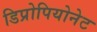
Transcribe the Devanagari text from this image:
डिप्रोपियोनेट